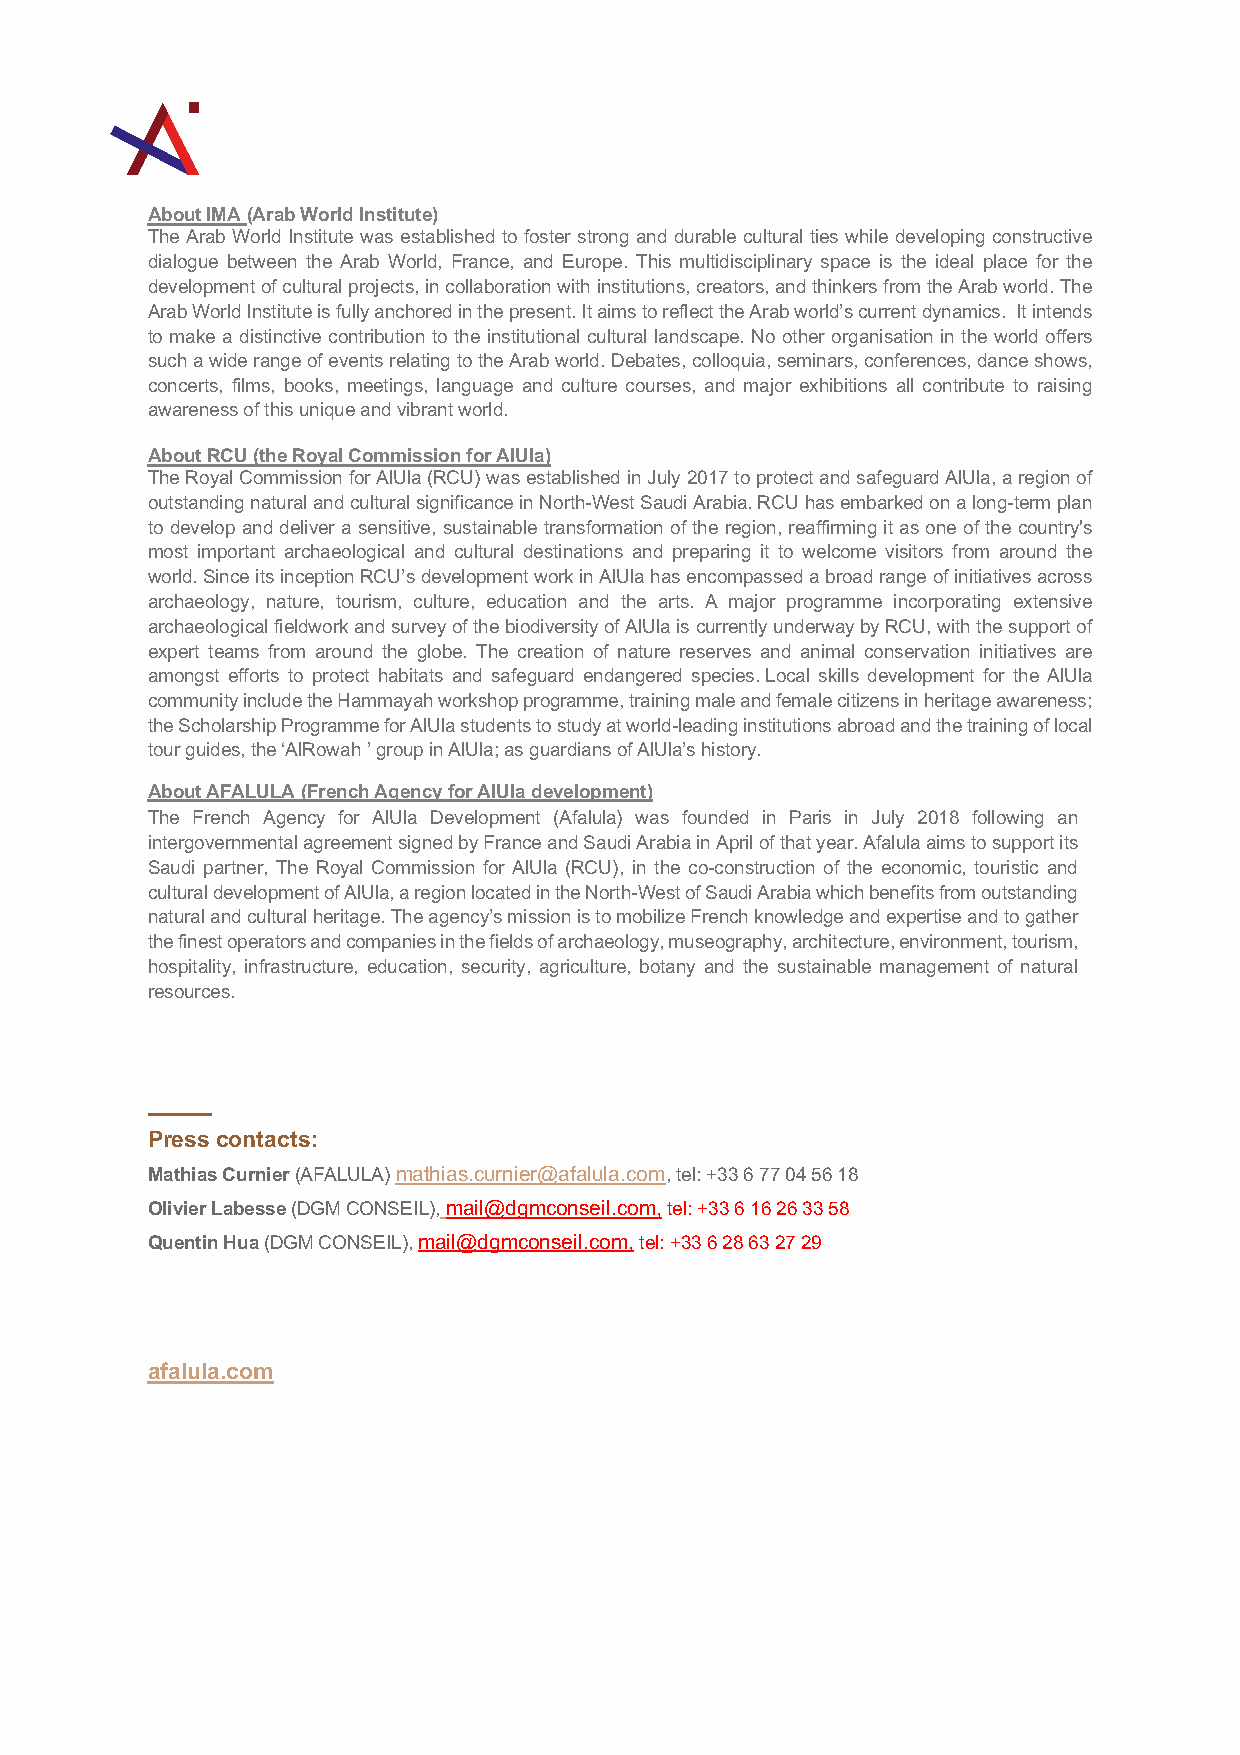
About IMA (Arab World Institute)
 The Arab World Institute was established to foster strong and durable cultural ties while developing constructive
 dialogue between the Arab World, France, and Europe. This multidisciplinary space is the ideal place for the
 development of cultural projects, in collaboration with institutions, creators, and thinkers from the Arab world. The
 Arab World Institute is fully anchored in the present. It aims to reflect the Arab world’s current dynamics. It intends
 to make a distinctive contribution to the institutional cultural landscape. No other organisation in the world offers
 such a wide range of events relating to the Arab world. Debates, colloquia, seminars, conferences, dance shows,
 concerts, films, books, meetings, language and culture courses, and major exhibitions all contribute to raising
 awareness of this unique and vibrant world.
 About RCU (the Royal Commission for AlUla)
 The Royal Commission for AlUla (RCU) was established in July 2017 to protect and safeguard AlUla, a region of
 outstanding natural and cultural significance in North-West Saudi Arabia. RCU has embarked on a long-term plan
 to develop and deliver a sensitive, sustainable transformation of the region, reaffirming it as one of the country's
 most important archaeological and cultural destinations and preparing it to welcome visitors from around the
 world. Since its inception RCU’s development work in AlUla has encompassed a broad range of initiatives across
 archaeology, nature, tourism, culture, education and the arts. A major programme incorporating extensive
 archaeological fieldwork and survey of the biodiversity of AlUla is currently underway by RCU, with the support of
 expert teams from around the globe. The creation of nature reserves and animal conservation initiatives are
 amongst efforts to protect habitats and safeguard endangered species. Local skills development for the AlUla
 community include the Hammayah workshop programme, training male and female citizens in heritage awareness;
 the Scholarship Programme for AlUla students to study at world-leading institutions abroad and the training of local
 tour guides, the ‘AlRowah ’ group in AlUla; as guardians of AlUla’s history.
 About AFALULA (French Agency for AlUla development)
 The French Agency for AlUla Development (Afalula) was founded in Paris in July 2018 following an
 intergovernmental agreement signed by France and Saudi Arabia in April of that year. Afalula aims to support its
 Saudi partner, The Royal Commission for AlUla (RCU), in the co-construction of the economic, touristic and
 cultural development of AlUla, a region located in the North-West of Saudi Arabia which benefits from outstanding
 natural and cultural heritage. The agency’s mission is to mobilize French knowledge and expertise and to gather
 the finest operators and companies in the fields of archaeology, museography, architecture, environment, tourism,
 hospitality, infrastructure, education, security, agriculture, botany and the sustainable management of natural
 resources.
 _____
 Press contacts:
 Mathias Curnier (AFALULA) mathias.curnier@afalula.com, tel: +33 6 77 04 56 18
 Olivier Labesse (DGM CONSEIL), mail@dgmconseil.com, tel: +33 6 16 26 33 58
 Quentin Hua (DGM CONSEIL), mail@dgmconseil.com, tel: +33 6 28 63 27 29
 afalula.com